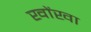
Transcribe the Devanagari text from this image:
खोंखा